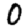
Digit: 0